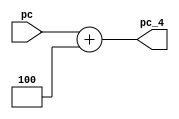
`timescale 1ns / 1ps
//////////////////////////////////////////////////////////////////////////////////
// Company: 
// Engineer: 
// 
// Design Name: 
// Module Name: pc_4_add
// Project Name: 
// Target Devices: 
// Tool Versions: 
// Description: 
// 
// Dependencies: 
// 
// Revision:
// Revision 0.01 - File Created
// Additional Comments:
// 
//////////////////////////////////////////////////////////////////////////////////


module pc_4_add(
input [31:0]pc,
output[31:0]pc_4

    );
    
    assign pc_4=pc+4;
endmodule